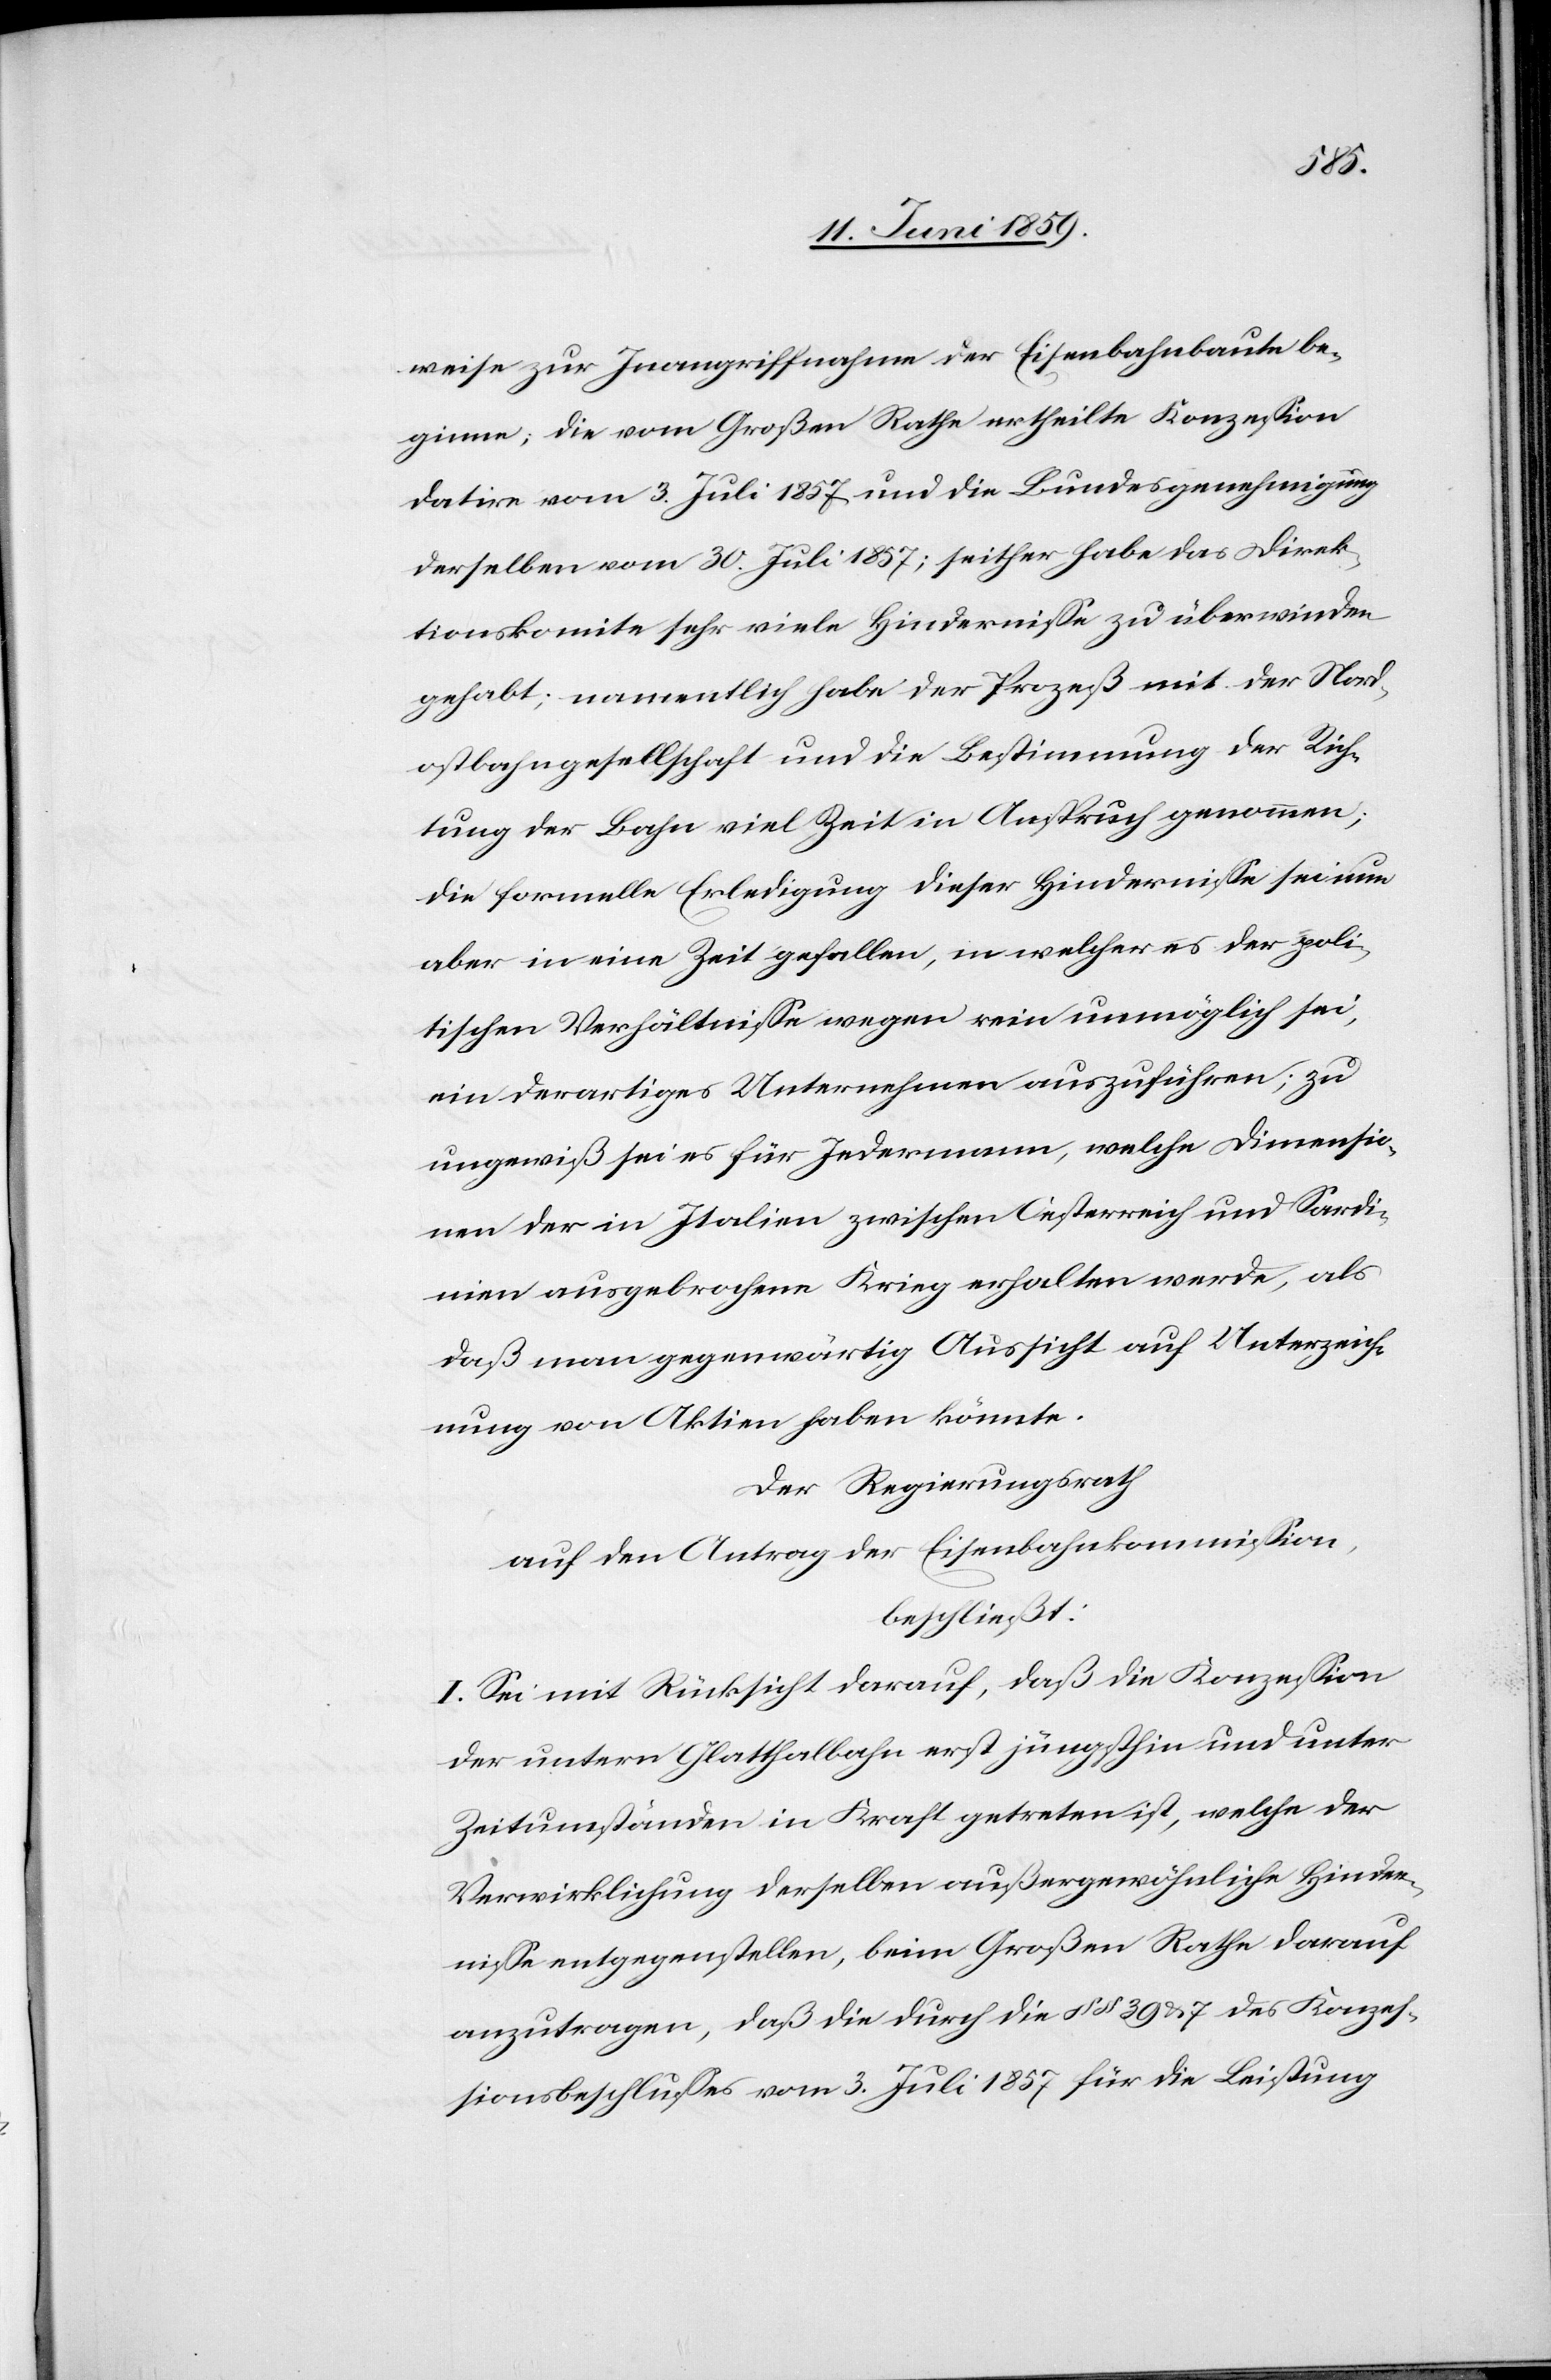
weise zur Inangriffnahme der Eisenbahnbaute be¬
ginne; die vom Großen Rathe ertheilte Konzession
datire vom 3. Juli 1857 und die Bundesgenehmigung
derselben vom 30. Juli 1857; seither habe das Direk¬
tionskomite sehr viele Hindernisse zu überwinden
gehabt; namentlich habe der Prozeß mit der Nord¬
ostbahngesellschaft und die Bestimmung der Rich¬
tung der Bahn viel Zeit in Anspruch genommen;
die formelle Erledigung dieser Hindernisse sei nun
aber in eine Zeit gefallen, in welcher es der poli¬
tischen Verhältnissen wegen rein unmöglich sei,
ein derartiges Unternehmen auszuführen; zu
ungewiß sei es für Jedermann, welche Dimensio¬
nen der in Italien zwischen Oesterreich und Sardi¬
nien ausgebrochene Krieg erhalten werde, als
daß man gegenwärtig Aussicht auf Unterzeich¬
nung von Aktien haben könnte.
Der Regierungsrath
auf den Antrag der Eisenbahnkommission,
beschliesst:
I. Sei mit Rücksicht darauf, daß die Konzession
der untern Glatthalbahn erst jüngsthin und unter
Zeitumständen in Kraft getreten ist, welche der
Verwirklichung derselben außergewöhnliche Hinder¬
nisse entgegenstellen, beim Großen Rathe darauf
anzutragen, daß die durch die §§ 39 & 7 des Konzes¬
sionsbeschlusses vom 3. Juli 1857 für die Leistung